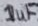
Text: 1uF